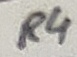
Text: R4